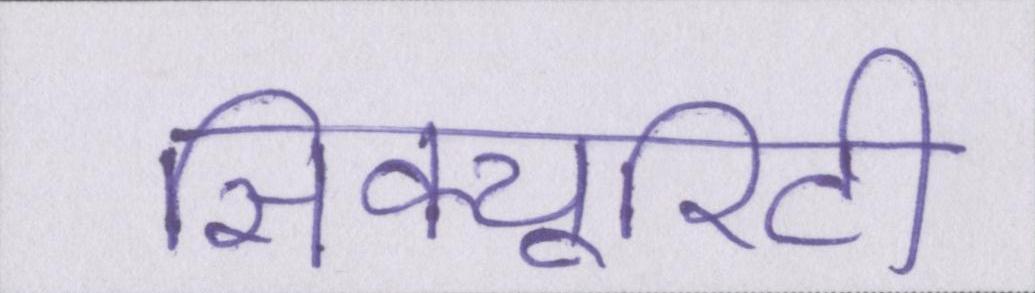
सिक्यूरिटी